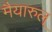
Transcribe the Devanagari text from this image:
मैयारुल्